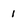
Character: 1